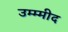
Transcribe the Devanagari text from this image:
उम्म्मीद